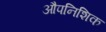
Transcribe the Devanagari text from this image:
औपनिशिक